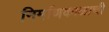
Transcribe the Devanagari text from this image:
निर्माणकाळाची